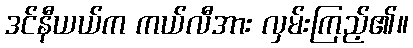
ဒင်နီယယ်က ကယ်လီအား လှမ်းကြည့်၏။